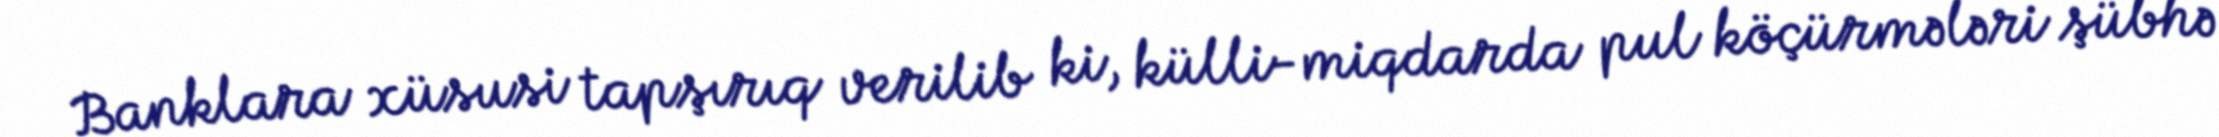
Banklara xüsusi tapşırıq verilib ki, külli-miqdarda pul köçürmələri şübhə